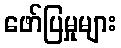
ဖော်ပြမှုများ